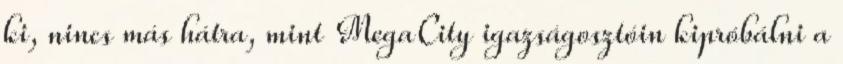
ki, nincs más hátra, mint MegaCity igazságosztóin kipróbálni a